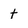
Character: t